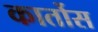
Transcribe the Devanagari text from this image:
कार्तोस